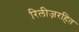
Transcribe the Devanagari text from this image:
रिलीज़रहित